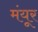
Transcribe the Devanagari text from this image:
मंयूर